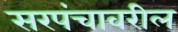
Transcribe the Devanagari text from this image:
सरपंचावरील